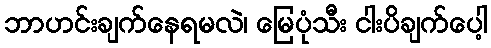
ဘာဟင်းချက်နေရမလဲ၊ မြေပုံသီး ငါးပိချက်ပေါ့